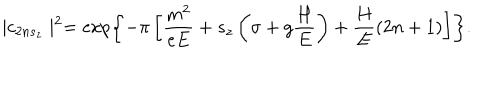
LaTeX: \mid c _ { 2 n s _ { z } } \mid ^ { 2 } = \exp \left\{ - \pi \left[ \frac { m ^ { 2 } } { e E } + s _ { z } \left( \sigma + g \frac H E \right) + \frac H E ( 2 n + 1 ) \right] \right\} .